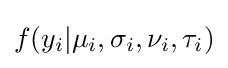
f(y_{i}|\mu _{i},\sigma _{i},\nu _{i},\tau _{i})